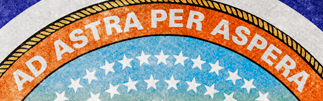
AD ASTRA PER ASPERA